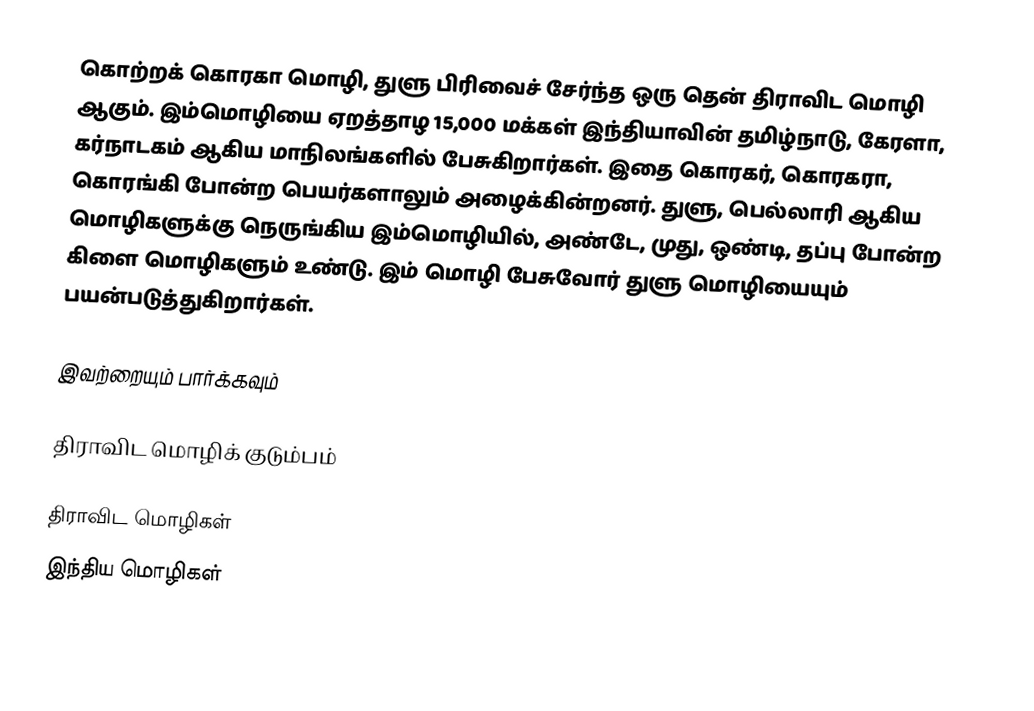
கொற்றக் கொரகா மொழி, துளு பிரிவைச் சேர்ந்த ஒரு தென் திராவிட மொழி ஆகும். இம்மொழியை ஏறத்தாழ 15,000 மக்கள்  இந்தியாவின் தமிழ்நாடு, கேரளா, கர்நாடகம் ஆகிய மாநிலங்களில் பேசுகிறார்கள். இதை கொரகர், கொரகரா, கொரங்கி போன்ற பெயர்களாலும் அழைக்கின்றனர். துளு, பெல்லாரி ஆகிய மொழிகளுக்கு நெருங்கிய இம்மொழியில், அண்டே, முது, ஒண்டி, தப்பு போன்ற கிளை மொழிகளும் உண்டு. இம் மொழி பேசுவோர் துளு மொழியையும் பயன்படுத்துகிறார்கள்.

இவற்றையும் பார்க்கவும்

 திராவிட மொழிக் குடும்பம்

திராவிட மொழிகள்
இந்திய மொழிகள்